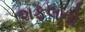
શફલનો